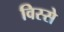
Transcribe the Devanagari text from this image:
विस्से